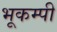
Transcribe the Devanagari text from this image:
भूकम्पी